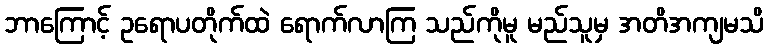
ဘာကြောင့် ဥရောပတိုက်ထဲ ရောက်လာကြ သည်ကိုမူ မည်သူမှ အတိအကျမသိ